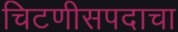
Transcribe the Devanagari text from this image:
चिटणीसपदाचा